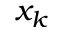
x _ { k }